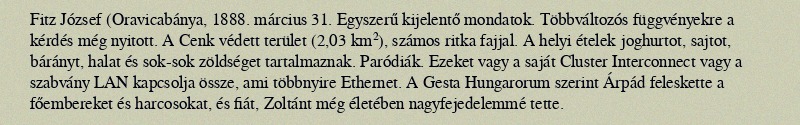
Fitz József (Oravicabánya, 1888. március 31. Egyszerű kijelentő mondatok. Többváltozós függvényekre a kérdés még nyitott. A Cenk védett terület (2,03 km²), számos ritka fajjal. A helyi ételek joghurtot, sajtot, bárányt, halat és sok-sok zöldséget tartalmaznak. Paródiák. Ezeket vagy a saját Cluster Interconnect vagy a szabvány LAN kapcsolja össze, ami többnyire Ethernet. A Gesta Hungarorum szerint Árpád feleskette a főembereket és harcosokat, és fiát, Zoltánt még életében nagyfejedelemmé tette.